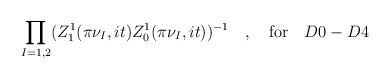
LaTeX: \begin{align*}\prod_{I=1,2}(Z_{1}^{1}(\pi\nu_{I},it)Z^{1}_{0}(\pi\nu_{I},it))^{-1}\quad,\quad \mbox{for}\quad D0-D4\end{align*}